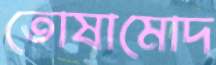
তোষামোদ